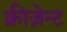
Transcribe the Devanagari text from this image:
क्रीज़ेन्ट